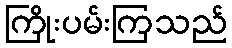
ကြိုးပမ်းကြသည်